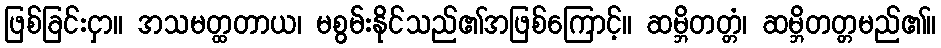
ဖြစ်ခြင်းငှာ။ အသမတ္ထတာယ၊ မစွမ်းနိုင်သည်၏အဖြစ်ကြောင့်။ ဆမ္ဘိတတ္တံ၊ ဆမ္ဘိတတ္တမည်၏။